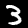
Label: 3